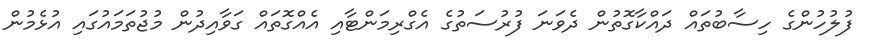
ފުލުހުންގެ ހިސާބުތައް ދައްކާގޮތުން ދެވަނަ ފުރުސަތުގެ އެގްރިމަންޓާއި އެއްގޮތައް ގަވާއިދުން މުޖުތަމައުގައި އުޅެމުން